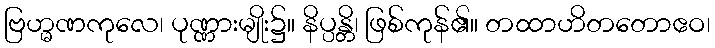
ဗြဟ္မဏကုလေ၊ ပုဏ္ဏားမျိုး၌။ နိပ္ပန္တိ၊ ဖြစ်ကုန်၏။ တထာဟိတတောဧဝ၊